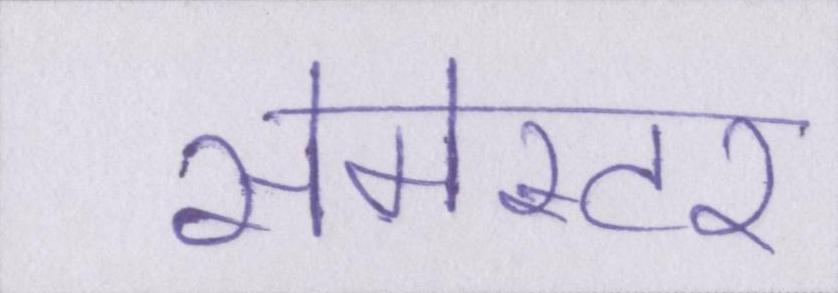
सेमेस्टर